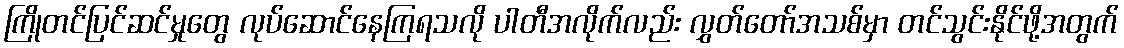
ကြိုတင်ပြင်ဆင်မှုတွေ လုပ်ဆောင်နေကြရသလို ပါတီအလိုက်လည်း လွှတ်တော်အသစ်မှာ တင်သွင်းနိုင်ဖို့အတွက်